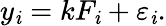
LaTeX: y_{\mathit{i}}=kF_{\mathit{i}}+\varepsilon_{\mathit{i}}.